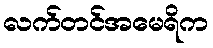
လက်တင်အမေရိက